Lunatic asylums Madras 1877-1891 - 1877-1891
Year: 1877
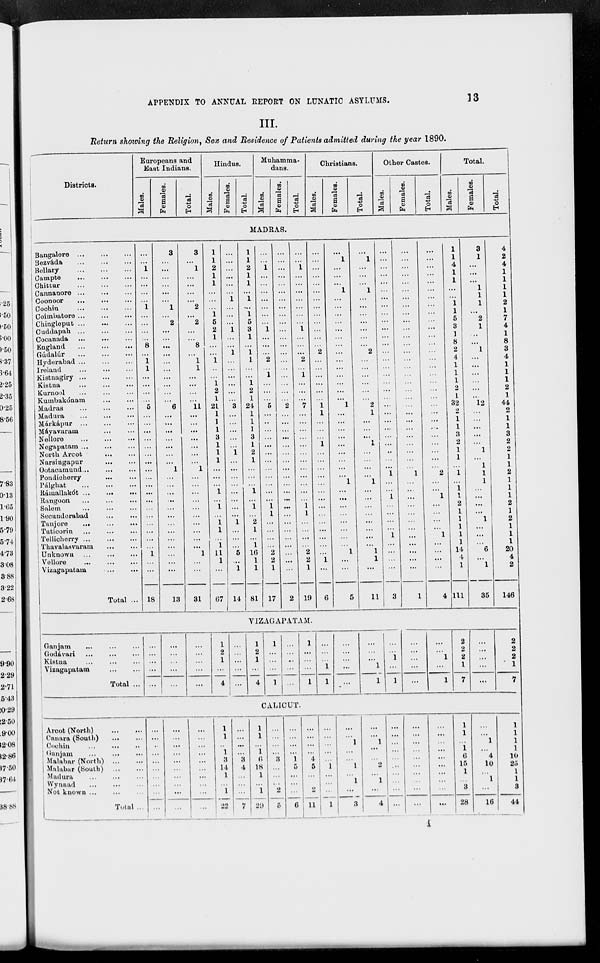
APPENDIX TO ANNUAL REPORT ON LUNATIC ASYLUMS.
13
III.
Return showing the Religion, Sex and Residence of Patients admitted during the year 1890.
Districts.
Bangalore
...
...
...
Bezváda
...
...
...
Bellary
...
...
...
Campte ... ... ...
Chittur
...
...
...
Cannanore
...
...
...
Coonoor ... ... ...
Cochin ... ... ...
Coimbatore
...
...
...
Chingleput
...
...
...
Cuddapah
...
...
...
Cocanada ... ... ...
England
...
...
...
Gúdalúr
...
...
...
Hyderabad
...
...
...
Ireland
...
...
...
Kistnagiry
...
...
...
Kistna
...
...
...
Kurnool ... ... ...
Kumbakónam ... ...
Madras
...
...
...
Madura
...
...
...
Márkápur
...
...
...
Máyavaram ... ...
Nellore
...
...
...
Negapatam
...
...
...
North Arcot ... ... ...
Narsingapur
...
...
Ootacamund ... ... ...
Pondicherry
...
...
Pálghat
...
...
...
Rámallakót
...
...
...
Rangoon ... ... ...
Salem
...
...
...
Secunderabad
...
...
Tanjore
...
...
...
Tuticorin
...
...
...
Tellicherry
...
...
...
Thavalasvaram
...
...
Unknown
...
...
...
Vellore
...
...
...
Vizagapatam
...
...
Total ...
Ganjam
...
...
...
Godávari
...
...
...
Kistna
...
...
...
Vizagapatam
...
...
Total ...
Aroot (North) ... ...
Canara (South) ... ...
Cochin
...
...
...
Ganjam
...
...
...
Malabar (North)
...
...
Malabur (South)
...
...
Madura
...
...
...
Wynaad
...
...
...
Not known
...
...
...
Total ...
Europeans and
East Indians.
Males.
Females.
Total
Hindus.
Males.
Females.
Total.
Muhamma-
dans.
Males.
Females.
Total.
Christians.
Males.
Females.
Total.
Other Castes.
Males.
Females.
Total.
Total.
Males.
Females.
Total.
MADRAS.
...
...
1
...
...
...
...
1
...
...
...
...
8
...
1
1
...
...
...
...
5
...
...
...
...
...
...
...
...
...
...
...
...
...
...
...
...
...
...
1
...
...
18
3
...
...
...
...
...
...
1
...
2
...
...
...
...
...
...
...
...
...
...
6
...
...
...
...
...
...
...
1
...
...
...
...
...
...
...
...
...
...
...
...
...
13
3
...
1
...
...
...
...
2
...
2
...
8
...
1
1
...
...
...
11
...
...
...
...
...
...
...
1
...
...
...
...
...
...
...
...
...
...
1
...
...
31
1
1
2
1
1
...
...
...
1
5
2
1
...
...
1
...
...
1
2
1
21
1
1
1
3
1
1
1
...
...
...
1
...
1
...
1
1
...
1
11
1
...
67
...
...
...
...
...
...
1
...
...
...
1
...
...
1
...
...
...
...
...
...
3
...
...
...
...
...
1
...
...
...
...
...
...
...
...
1
...
...
...
5
...
1
14
1
1
2
1
1
...
1
...
1
5
3
1
...
1
1
...
...
1
2
1
24
1
1
1
3
1
2
1
...
...
...
1
...
1
...
2
1
...
1
16
1
1
81
...
...
1
...
...
...
...
...
...
...
1
...
...
...
2
...
1
...
...
...
5
...
..
...
...
...
...
...
...
...
...
...
...
1
1
...
...
...
...
2
2
1
17
...
...
...
...
...
...
...
...
...
...
...
...
...
...
...
...
...
...
...
...
2
...
...
...
...
...
...
...
...
...
...
...
...
...
...
...
...
...
...
...
...
...
2
...
...
1
...
...
...
...
...
...
...
1
...
...
...
2
...
1
...
...
...
7
...
...
...
...
...
...
...
...
...
...
...
...
1
1
...
...
...
...
2
2
1
19
...
...
...
...
...
...
...
...
...
...
...
...
...
2
...
...
...
...
...
...
1
1
...
...
...
1
...
...
...
...
...
...
...
...
...
...
...
...
...
1
...
6
...
1
...
...
...
1
...
...
...
...
...
...
...
...
...
...
...
...
...
...
1
...
...
...
...
...
...
...
...
...
1
...
...
...
...
...
...
...
...
1
...
...
5
...
1
...
...
...
1
...
...
...
...
...
...
...
2
...
...
...
...
...
...
2
1
...
...
...
1
...
...
...
...
1
...
...
...
...
...
...
...
...
1
1
...
11
...
...
...
...
...
...
...
...
...
...
...
...
...
...
...
...
...
...
...
...
...
...
...
...
...
...
...
...
...
1
...
...
1
...
...
...
...
1
...
...
...
...
3
...
...
...
...
...
...
...
...
...
...
...
...
...
...
...
...
...
...
...
...
...
...
...
...
...
...
...
...
...
1
...
...
...
...
...
...
...
...
...
...
...
...
1
...
...
...
...
...
...
...
...
...
...
...
...
...
...
...
...
...
...
...
...
...
...
...
...
...
...
...
...
...
2
...
...
1
...
...
...
...
1
...
...
...
...
4
1
1
4
1
1
...
...
1
1
5
3
1
8
2
4
1
1
1
2
1
32
2
1
1
3
2
1
1
...
1
...
1
1
2
1
1
1
1
1
14
4
1
111
3
1
...
...
...
1
1
1
...
2
1
...
...
1
...
...
...
...
...
...
12
...
...
...
...
...
1
...
1
1
1
...
...
...
...
1
...
...
...
6
...
1
35
4
2
4
1
1
1
1
2
1
7
4
1
8
3
4
1
1
1
2
1
44
2
1
1
3
2
2
1
1
2
1
1
1
2
1
2
1
1
1
20
4
2
146
VIZAGAPATAM.
...
...
...
...
...
...
...
...
...
...
...
...
...
...
...
1
2
1
...
4
...
...
...
...
...
1
2
1
...
4
1
...
...
...
1
...
...
...
...
...
1
...
...
...
1
...
...
...
1
1
...
...
...
...
...
...
...
...
1
1
...
...
1
...
1
...
...
...
...
...
...
...
1
...
1
2
2
2
1
7
...
...
...
...
...
2
2
2
1
7
CALICUT.
...
...
...
...
...
...
...
...
...
...
...
...
...
...
...
...
...
...
...
...
...
...
...
...
...
...
...
...
...
...
1
1
...
1
3
14
1
...
1
22
...
...
...
...
3
4
...
...
...
7
1
1
...
1
6
18
1
1
29
...
...
...
...
3
...
...
...
2
5
...
...
...
...
1
5
...
...
...
6
...
...
...
...
4
5
...
...
2
11
...
...
...
...
...
1
...
...
...
1
...
...
1
...
...
1
...
1
...
3
...
...
1
...
...
2
...
1
...
4
...
...
...
...
...
...
...
...
...
...
...
...
...
...
...
...
...
...
...
...
...
...
...
...
...
...
...
...
...
...
1
1
...
1
6
15
1
...
3
28
...
...
1
...
4
10
...
1
...
16
1
1
1
1
10
25
1
1
3
44
1